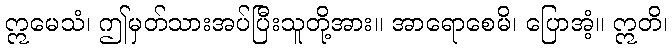
ဣမေသံ၊ ဤမှတ်သားအပ်ပြီးသူတို့အား။ အာရောစေမိ၊ ပြောအံ့။ ဣတိ၊